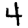
Digit: 4